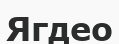
Ягдео